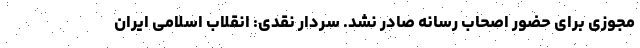
مجوزی برای حضور اصحاب رسانه صادر نشد. سردار نقدی: انقلاب اسلامی ایران